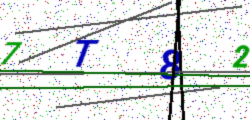
Text: 7T82